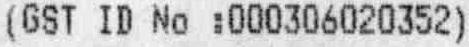
(GST ID NO :000306020352)